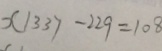
x 1 3 3 7 - 2 2 9 = 1 0 8